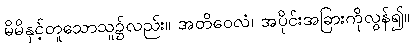
မိမိနှင့်တူသောသူ၌လည်း။ အတိဝေလံ၊ အပိုင်းအခြားကိုလွန်၍။